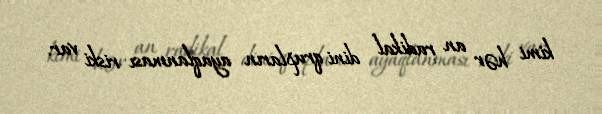
kimi hər an radikal dini qrupların ayaqlanması riski var.